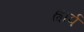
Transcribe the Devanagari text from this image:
ह्वार्प